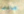
مانى